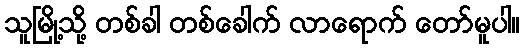
သူမြို့သို့ တစ်ခါ တစ်ခေါက် လာရောက် တော်မူပါ။